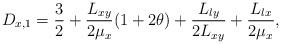
LaTeX: \begin{align*}D_{x,1} = \frac{3}{2}+\frac{L_{xy}}{2\mu_{x}}(1+2\theta)+\frac{L_{ly}}{2L_{xy}}+\frac{L_{lx}}{2\mu_{x}},\end{align*}